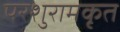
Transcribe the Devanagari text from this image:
परशुरामकृत